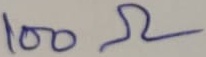
Text: 100Ω